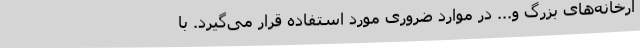
ارخانه‌های بزرگ و... در موارد ضروری مورد استفاده قرار می‌گیرد. با